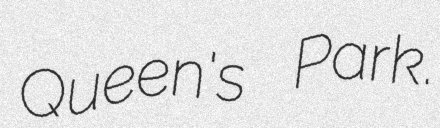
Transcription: Queen's Park.